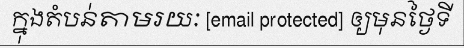
ក្នុងតំបន់តាមរយៈ [email protected] ឲ្យមុនថ្ងៃទី